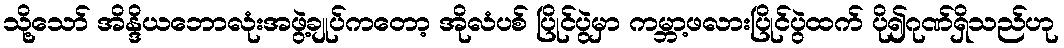
သို့သော် အိန္ဒိယဘောလုံးအဖွဲ့ချုပ်ကတော့ အိုလံပစ် ပြိုင်ပွဲမှာ ကမ္ဘာ့ဖလားပြိုင်ပွဲထက် ပို၍ဂုဏ်ရှိသည်ဟု